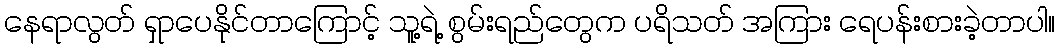
နေရာလွတ် ရှာပေနိုင်တာကြောင့် သူ့ရဲ့ စွမ်းရည်တွေက ပရိသတ် အကြား ရေပန်းစားခဲ့တာပါ။